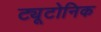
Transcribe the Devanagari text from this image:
ट्यूटोनिक